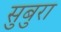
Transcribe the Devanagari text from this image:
सुबुरा